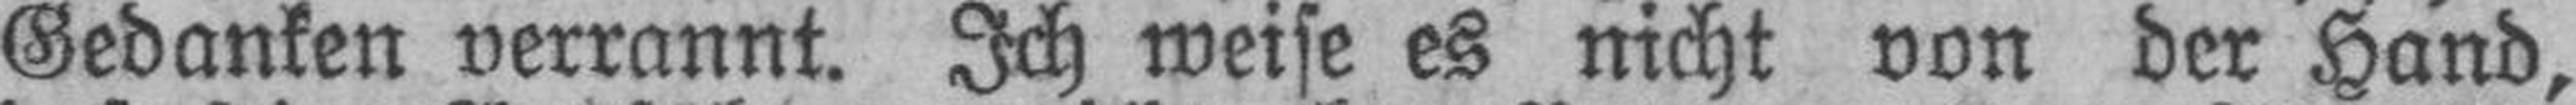
Gedanken verrannt. Ich weise es nicht von der Hand,